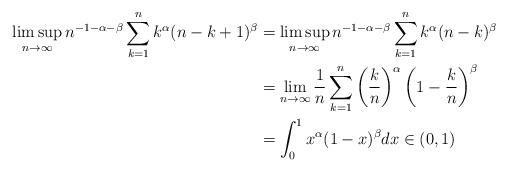
LaTeX: \begin{align*} \limsup_{n \to \infty} n^{-1-\alpha-\beta}\sum_{k=1}^n k^\alpha (n-k+1)^\beta&=\limsup_{n \to \infty} n^{-1-\alpha-\beta}\sum_{k=1}^n k^\alpha (n-k)^\beta\\&=\lim_{n \to \infty}\frac{1}{n}\sum_{k=1}^n \left(\frac{k}{n}\right)^\alpha \left(1-\frac{k}{n}\right)^\beta\\&=\int_0^1x^\alpha(1-x)^\beta dx \in (0,1) \end{align*}